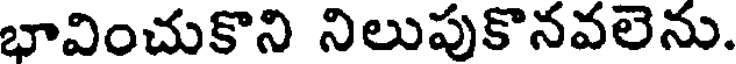
భావించుకొని నిలుపుకొనవలెను.